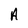
Character: A